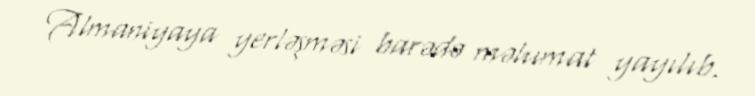
Almaniyaya yerləşməsi barədə məlumat yayılıb.